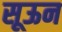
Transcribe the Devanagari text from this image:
सूऊन